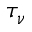
\tau _ { \nu }